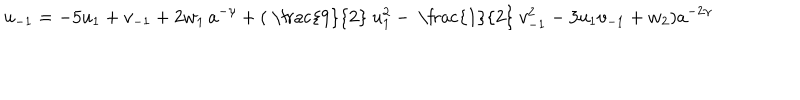
u _ { - 1 } = - 5 u _ { 1 } + v _ { - 1 } + 2 w _ { 1 } \, a ^ { - \gamma } + ( \mathrm { ~ \frac { 9 } { 2 } ~ } u _ { 1 } ^ { 2 } - \mathrm { ~ \frac { 1 } { 2 } ~ } v _ { - 1 } ^ { 2 } - 3 u _ { 1 } v _ { - 1 } + w _ { 2 } ) a ^ { - 2 \gamma }